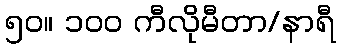
၅၀။ ၁၀၀ ကီလိုမီတာ/နာရီ